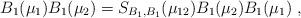
LaTeX: \begin{align*}B_1(\mu_1)B_1(\mu_2) = S_{B_1,B_1}(\mu_{12}) B_1(\mu_2)B_1(\mu_1)\;,\end{align*}